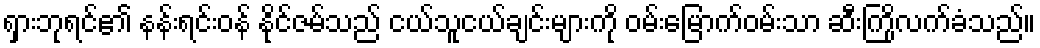
ရှားဘုရင်၏ နန်းရင်းဝန် နိုင်ဇမ်သည် ငယ်သူငယ်ချင်းများကို ဝမ်းမြောက်ဝမ်းသာ ဆီးကြိုလက်ခံသည်။